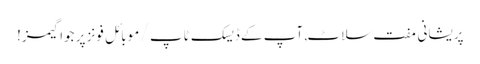
پریشانی مفت سلاٹ, آپ کے ڈیسک ٹاپ / موبائل فونز پر جوا گیمز!